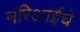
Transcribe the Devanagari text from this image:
मरिआईचे